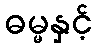
ဓမ္မနှင့်